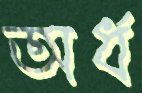
অর্ধ